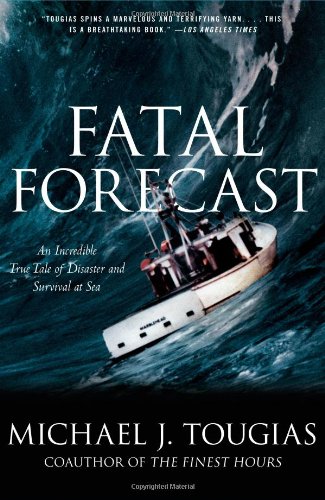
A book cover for Fatal Forecast: An Incredible True Tale of Disaster and Survival at Sea; Michael J. Tougias; Engineering & Transportation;